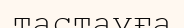
тастауға